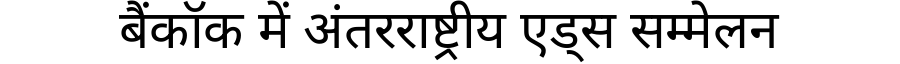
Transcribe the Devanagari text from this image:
बैंकॉक में अंतरराष्ट्रीय एड्स सम्मेलन